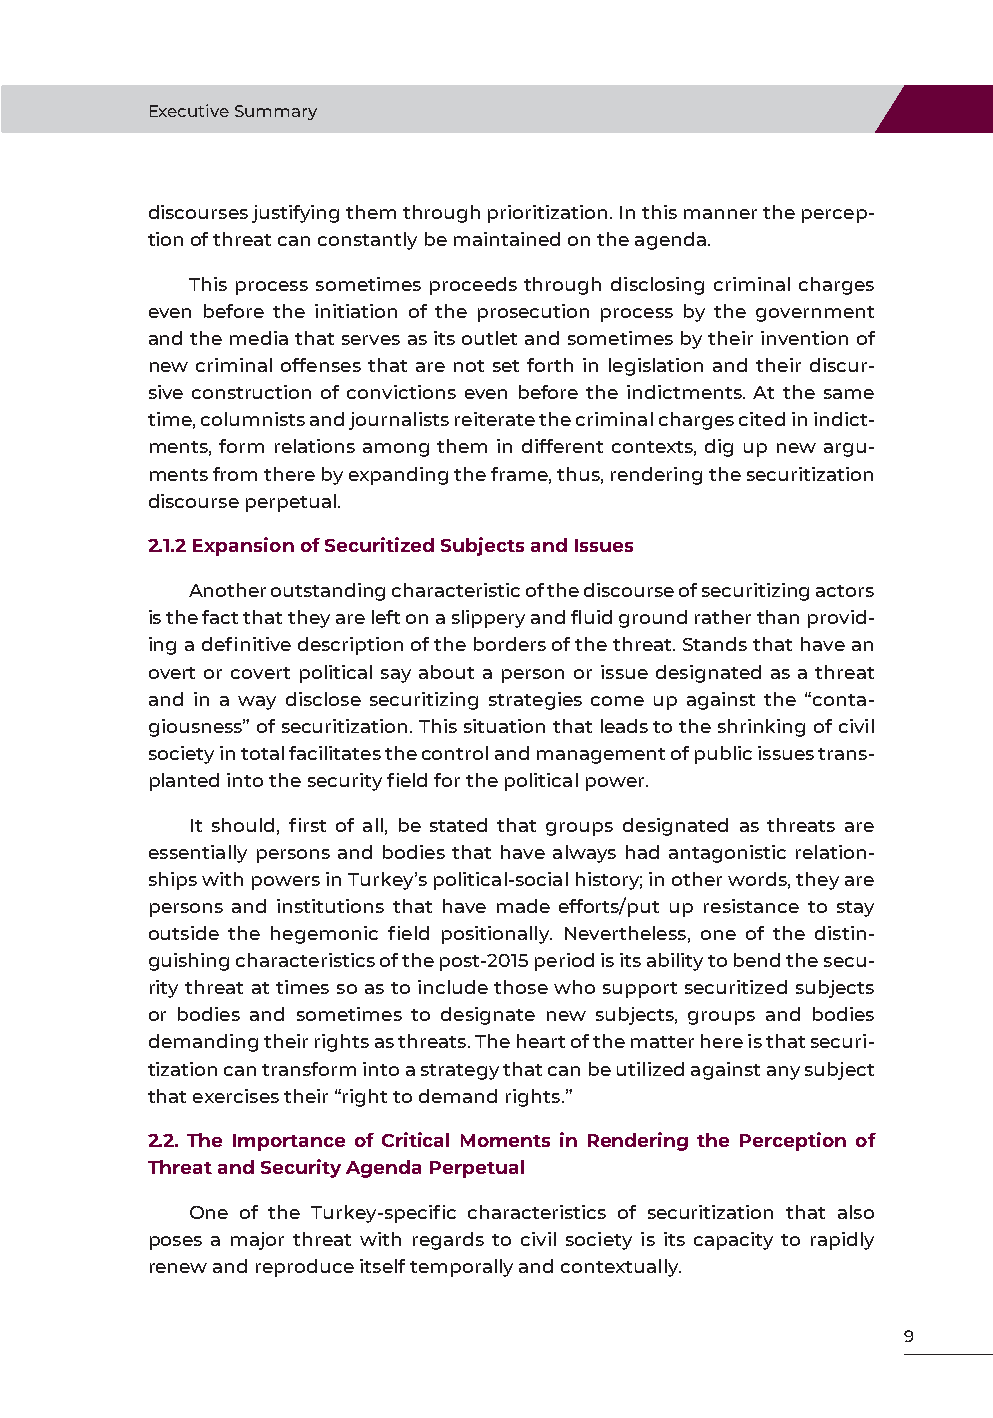
Executive Summary
 discourses justifying them through prioritization. In this manner the percep-
 tion of threat can constantly be maintained on the agenda.
 This process sometimes proceeds through disclosing criminal charges
 even before the initiation of the prosecution process by the government
 and the media that serves as its outlet and sometimes by their invention of
 new criminal offenses that are not set forth in legislation and their discur-
 sive construction of convictions even before the indictments. At the same
 time, columnists and journalists reiterate the criminal charges cited in indict-
 ments, form relations among them in different contexts, dig up new argu-
 ments from there by expanding the frame, thus, rendering the securitization
 discourse perpetual.
 2.1.2 Expansion of Securitized Subjects and Issues
 Another outstanding characteristic of the discourse of securitizing actors
 is the fact that they are left on a slippery and fluid ground rather than provid-
 ing a definitive description of the borders of the threat. Stands that have an
 overt or covert political say about a person or issue designated as a threat
 and in a way disclose securitizing strategies come up against the “conta-
 giousness” of securitization. This situation that leads to the shrinking of civil
 society in total facilitates the control and management of public issues trans-
 planted into the security field for the political power.
 It should, first of all, be stated that groups designated as threats are
 essentially persons and bodies that have always had antagonistic relation-
 ships with powers in Turkey’s political-social history; in other words, they are
 persons and institutions that have made efforts/put up resistance to stay
 outside the hegemonic field positionally. Nevertheless, one of the distin-
 guishing characteristics of the post-2015 period is its ability to bend the secu-
 rity threat at times so as to include those who support securitized subjects
 or bodies and sometimes to designate new subjects, groups and bodies
 demanding their rights as threats. The heart of the matter here is that securi-
 tization can transform into a strategy that can be utilized against any subject
 that exercises their “right to demand rights.”
 2.2. The Importance of Critical Moments in Rendering the Perception of
 Threat and Security Agenda Perpetual
 One of the Turkey-specific characteristics of securitization that also
 poses a major threat with regards to civil society is its capacity to rapidly
 renew and reproduce itself temporally and contextually.
 9